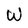
Character: W